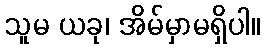
သူမ ယခု၊ အိမ်မှာမရှိပါ။